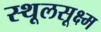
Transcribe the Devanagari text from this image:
स्थूलसूक्ष्म